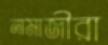
নামাজীরা